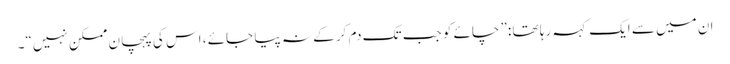
ان میں سے ایک کہہ رہا تھا :” چائے کو جب تک دم کر کے نہ پیا جائے ، اس کی پہچان ممکن نہیں“۔